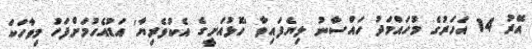
އޭރު 14 އަހަރުގެ މުހައްމަދު ހައްސާނު ލިޔެފައިވާ 'ހޮޅުއަށީގެ އެކުވެރިޔާ' އަޑުއެހުމަށްފަހު މިވާހަކަ